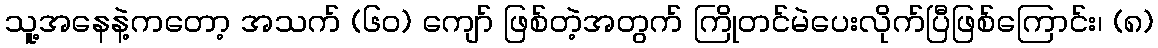
သူ့အနေနဲ့ကတော့ အသက် (၆၀) ကျော် ဖြစ်တဲ့အတွက် ကြိုတင်မဲပေးလိုက်ပြီဖြစ်ကြောင်း၊ (၈)